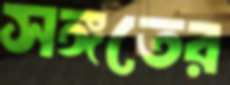
সঙ্গতের